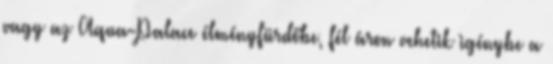
vagy az Aqua-Palace élményfürdőbe, fél áron vehetik igénybe a